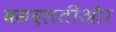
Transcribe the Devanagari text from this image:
बसदलतीऔर